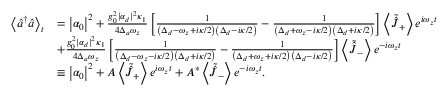
\begin{array} { r l } { \left\langle \hat { a } ^ { \dagger } \hat { a } \right\rangle _ { t } } & { = \left| \alpha _ { 0 } \right| ^ { 2 } + \frac { g _ { 0 } ^ { 2 } | \alpha _ { d } | ^ { 2 } \kappa _ { 1 } } { 4 \Delta _ { a } \omega _ { z } } \left[ \frac { 1 } { \left( \Delta _ { d } - \omega _ { z } + i \kappa / 2 \right) \left( \Delta _ { d } - i \kappa / 2 \right) } - \frac { 1 } { \left( \Delta _ { d } + \omega _ { z } - i \kappa / 2 \right) \left( \Delta _ { d } + i \kappa / 2 \right) } \right] \left\langle \tilde { \hat { J } } _ { + } \right\rangle e ^ { i \omega _ { z } t } } \\ & { + \frac { g _ { 0 } ^ { 2 } | \alpha _ { d } | ^ { 2 } \kappa _ { 1 } } { 4 \Delta _ { a } \omega _ { z } } \left[ \frac { 1 } { \left( \Delta _ { d } - \omega _ { z } - i \kappa / 2 \right) \left( \Delta _ { d } + i \kappa / 2 \right) } - \frac { 1 } { \left( \Delta _ { d } + \omega _ { z } + i \kappa / 2 \right) \left( \Delta _ { d } - i \kappa / 2 \right) } \right] \left\langle \tilde { \hat { J } } _ { - } \right\rangle e ^ { - i \omega _ { z } t } } \\ & { \equiv \left| \alpha _ { 0 } \right| ^ { 2 } + A \left\langle \tilde { \hat { J } } _ { + } \right\rangle e ^ { i \omega _ { z } t } + A ^ { * } \left\langle \tilde { \hat { J } } _ { - } \right\rangle e ^ { - i \omega _ { z } t } . } \end{array}